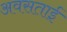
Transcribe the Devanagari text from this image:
अवसताई